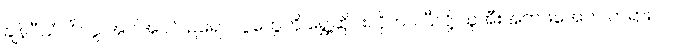
ချန်ပီယံလိဂ်ပွဲ အပါအဝင် ဥရောပပွဲတွေကို ရွှေ့ဆိုင်းလိုက်ပါပြီလို့ ယူအီးအက်ဖ်အေက တရားဝင်